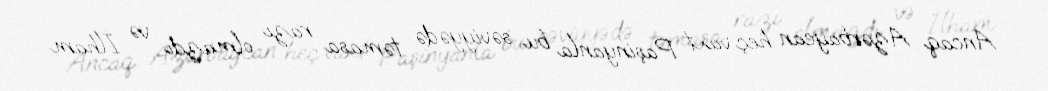
Ancaq Azərbaycan heç vaxt Paşinyanla bu səviyyədə təmasa razı olmazdı və İlham